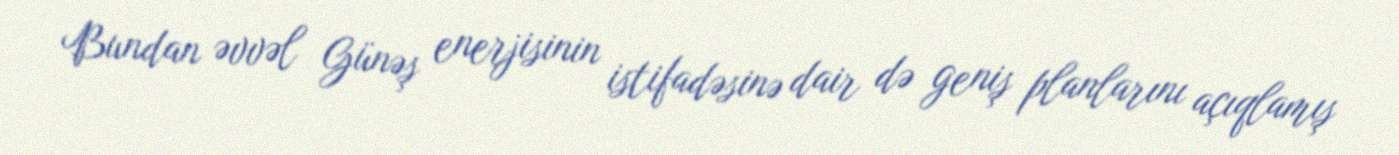
Bundan əvvəl Günəş enerjisinin istifadəsinə dair də geniş planlarını açıqlamış